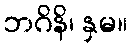
ဘဂိနိ၊ နှမ။